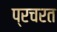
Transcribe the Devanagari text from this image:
प्रचरत